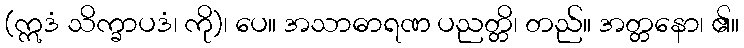
(ဣဒံ သိက္ခာပဒံ၊ ကို)၊ ပေ။ အသာဓာရဏ ပညတ္တိ၊ တည်။ အတ္တနော၊ ၏။